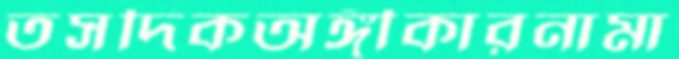
তসদিকঅঙ্গীকারনামা